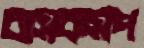
বাসকসপ